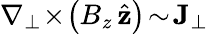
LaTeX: \nabla_{\perp}\! \times\! \left(B_{z}\, \hat{\textbf{z}}\right)\! \sim\! \textbf{J}_{\perp}